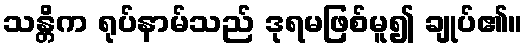
သန္တိက ရုပ်နာမ်သည် ဒုရမဖြစ်မူ၍ ချုပ်၏။